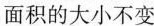
面积的大小不变